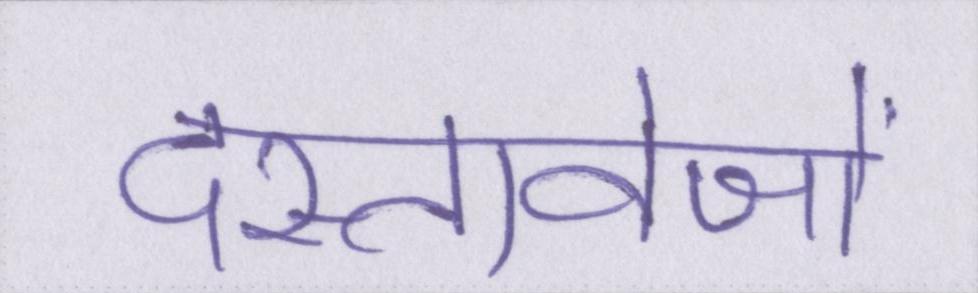
दस्तावेजों